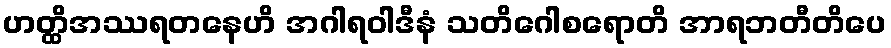
ဟတ္ထိအဿရတနေဟိ အဂါရဝါဒီနံ သတိဂေါစရောတိ အာရဘတီတိပေ